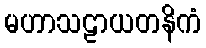
မဟာသဠာယတနိကံ